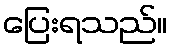
ပြေးရသည်။